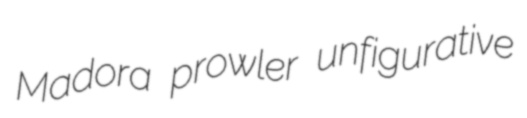
Madora prowler unfigurative